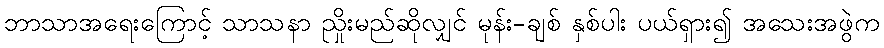
ဘာသာအရေးကြောင့် သာသနာ ညှိုးမည်ဆိုလျှင် မုန်း-ချစ် နှစ်ပါး ပယ်ရှား၍ အသေးအဖွဲက